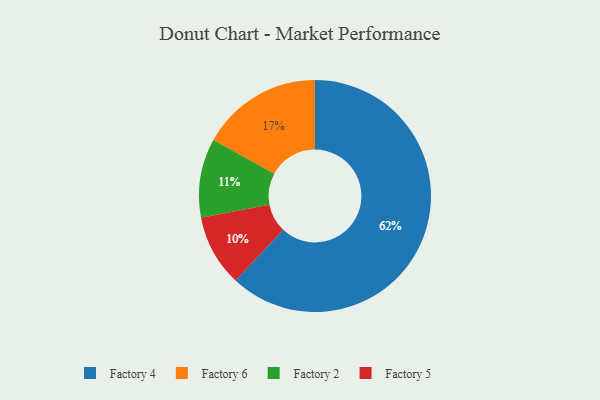
{"axis": {"x": "Category", "y": "Percentage"}, "legend": ["Factory 2", "Factory 4", "Factory 5", "Factory 6"], "data": [{"x": "Factory 4", "y": 62, "type": "Factory 4"}, {"x": "Factory 2", "y": 11, "type": "Factory 2"}, {"x": "Factory 5", "y": 10, "type": "Factory 5"}, {"x": "Factory 6", "y": 17, "type": "Factory 6"}]}